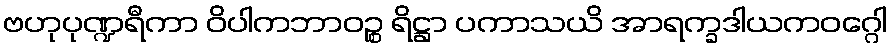
ဗဟုပုဏ္ဍရီကာ ဝိပါကဘာဝဉ္စ ရိဋ္ဌာ ပကာသယိ အာရက္ခဒါယကဝဂ္ဂေါ